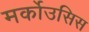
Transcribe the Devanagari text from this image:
मर्कोउसिस